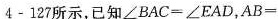
4-127所示，已知$$∠ B A C=∠E A D$$，$$AB=